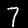
Digit: 7